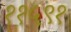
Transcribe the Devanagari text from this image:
११५९१